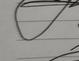
Signature authenticity: genuine